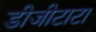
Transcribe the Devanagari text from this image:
डीजीटाटा